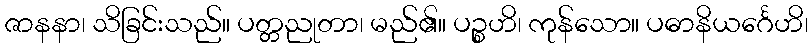
ဇာနနာ၊ သိခြင်းသည်။ ပတ္တညုတာ၊ မည်၏။ ပဉ္စဟိ၊ ကုန်သော။ ပဓာနိယင်္ဂေဟိ၊